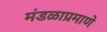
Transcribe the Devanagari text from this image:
मंडळाप्रमाणे